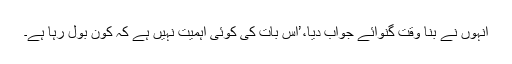
انہوں نے بنا وقت گنوائے جواب دیا،’اس بات کی کوئی اہمیت نہیں ہے کہ کون بول رہا ہے۔